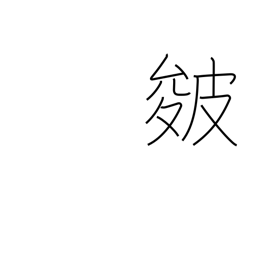
Meaning: creases